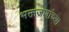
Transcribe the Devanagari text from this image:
भक्तजणांच्या